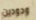
ودودين